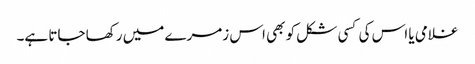
غلامی یا اس کی کسی شکل کو بھی اس زمرے میں رکھا جاتا ہے۔